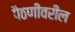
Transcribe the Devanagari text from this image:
पैठणीवरील